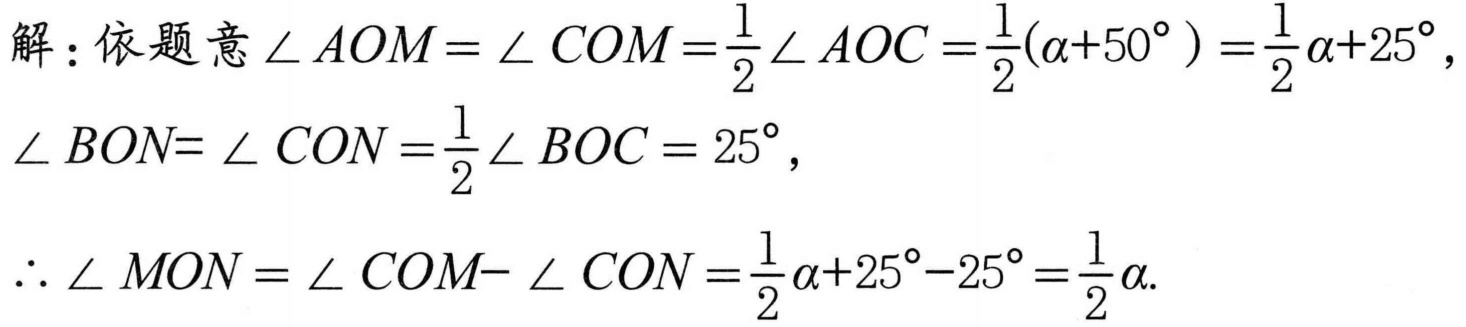
解：依题意\(\angle AOM = \angle COM=\frac{1}{2}\angle AOC=\frac{1}{2}(\alpha + 50^{\circ})=\frac{1}{2}\alpha+25^{\circ}\)，
\(\angle BON = \angle CON=\frac{1}{2}\angle BOC = 25^{\circ}\)，
\(\therefore\angle MON=\angle COM - \angle CON=\frac{1}{2}\alpha+25^{\circ}-25^{\circ}=\frac{1}{2}\alpha\).